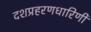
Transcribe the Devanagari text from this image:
दशप्रहरणधारिणी